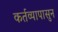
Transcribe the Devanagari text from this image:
कर्तव्यापासुन